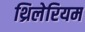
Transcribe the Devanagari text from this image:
थ्रिलेरियम